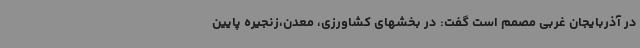
در آذربایجان غربی مصمم است گفت: در بخشهای کشاورزی، معدن،زنجیره پایین